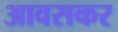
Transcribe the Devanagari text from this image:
आवसकर